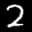
Label: 2